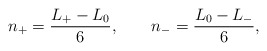
\begin{align*}n_+ = \frac{L_+-L_0}{6}, \qquad n_- = \frac{L_0-L_-}{6},\end{align*}